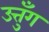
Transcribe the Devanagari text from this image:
उत्तुँग